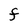
Character: F